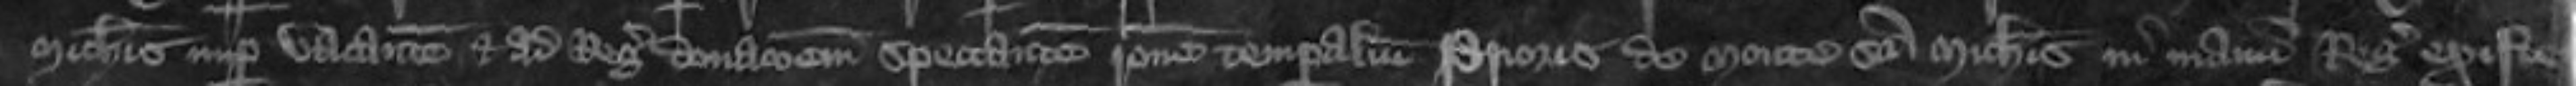
Michaelis nuper vacante et ad Regis donationem spectantem ratione temporalium prioris de Monte Sancti Michaelis in manu Regis existencium